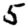
Digit: 5